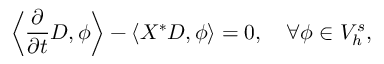
\left\langle \frac { \partial } { \partial t } D , \phi \right\rangle - \left\langle X ^ { * } D , \phi \right\rangle = 0 , \quad \forall \phi \in V _ { h } ^ { s } ,